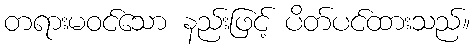
တရားမဝင်သော နည်းဖြင့် ပိတ်ပင်ထားသည်။